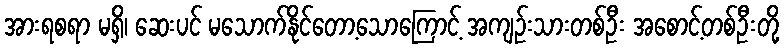
အားရစရာ မရှိ၊ ဆေးပင် မသောက်နိုင်တော့သောကြောင့် အကျဉ်းသားတစ်ဦး အစောင့်တစ်ဦးတို့